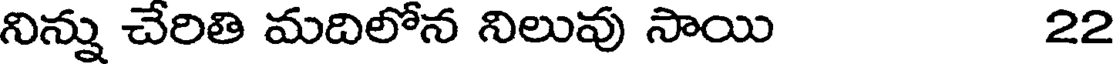
నిన్ను చేరితి మదిలోన నిలువు సాయి 22